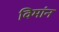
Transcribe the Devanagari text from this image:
विमांन